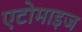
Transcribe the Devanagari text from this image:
एटोमाइज